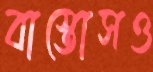
বাস্তোসও